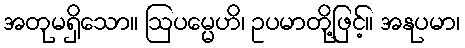
အတုမရှိသော။ ဩပမ္မေဟိ၊ ဥပမာတို့ဖြင့်။ အနုပမာ၊